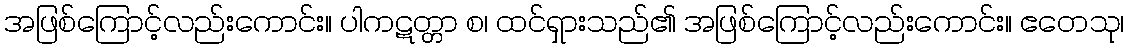
အဖြစ်ကြောင့်လည်းကောင်း။ ပါကဋတ္တာ စ၊ ထင်ရှားသည်၏ အဖြစ်ကြောင့်လည်းကောင်း။ ဧတေသု၊